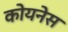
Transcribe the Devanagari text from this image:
कोयनेस